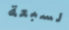
لسبعة